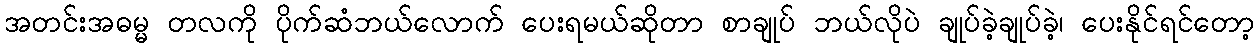
အတင်းအဓမ္မ တလကို ပိုက်ဆံဘယ်လောက် ပေးရမယ်ဆိုတာ စာချုပ် ဘယ်လိုပဲ ချုပ်ခဲ့ချုပ်ခဲ့၊ ပေးနိုင်ရင်တော့